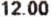
12.00